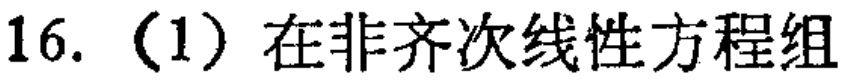
16.（1）在非齐次线性方程组